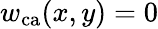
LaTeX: w_{\mathrm{ca}}(x,y)=0